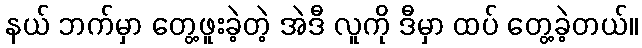
နယ် ဘက်မှာ တွေ့ဖူးခဲ့တဲ့ အဲဒီ လူကို ဒီမှာ ထပ် တွေ့ခဲ့တယ်။